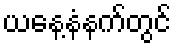
ယနေ့နံနက်တွင်